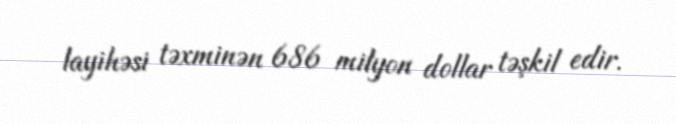
layihəsi təxminən 686 milyon dollar təşkil edir.